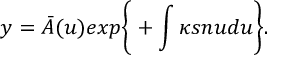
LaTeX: y = { \bar { A } } ( u ) e x p \bigg \{ + \int \kappa s n u d u \bigg \} .